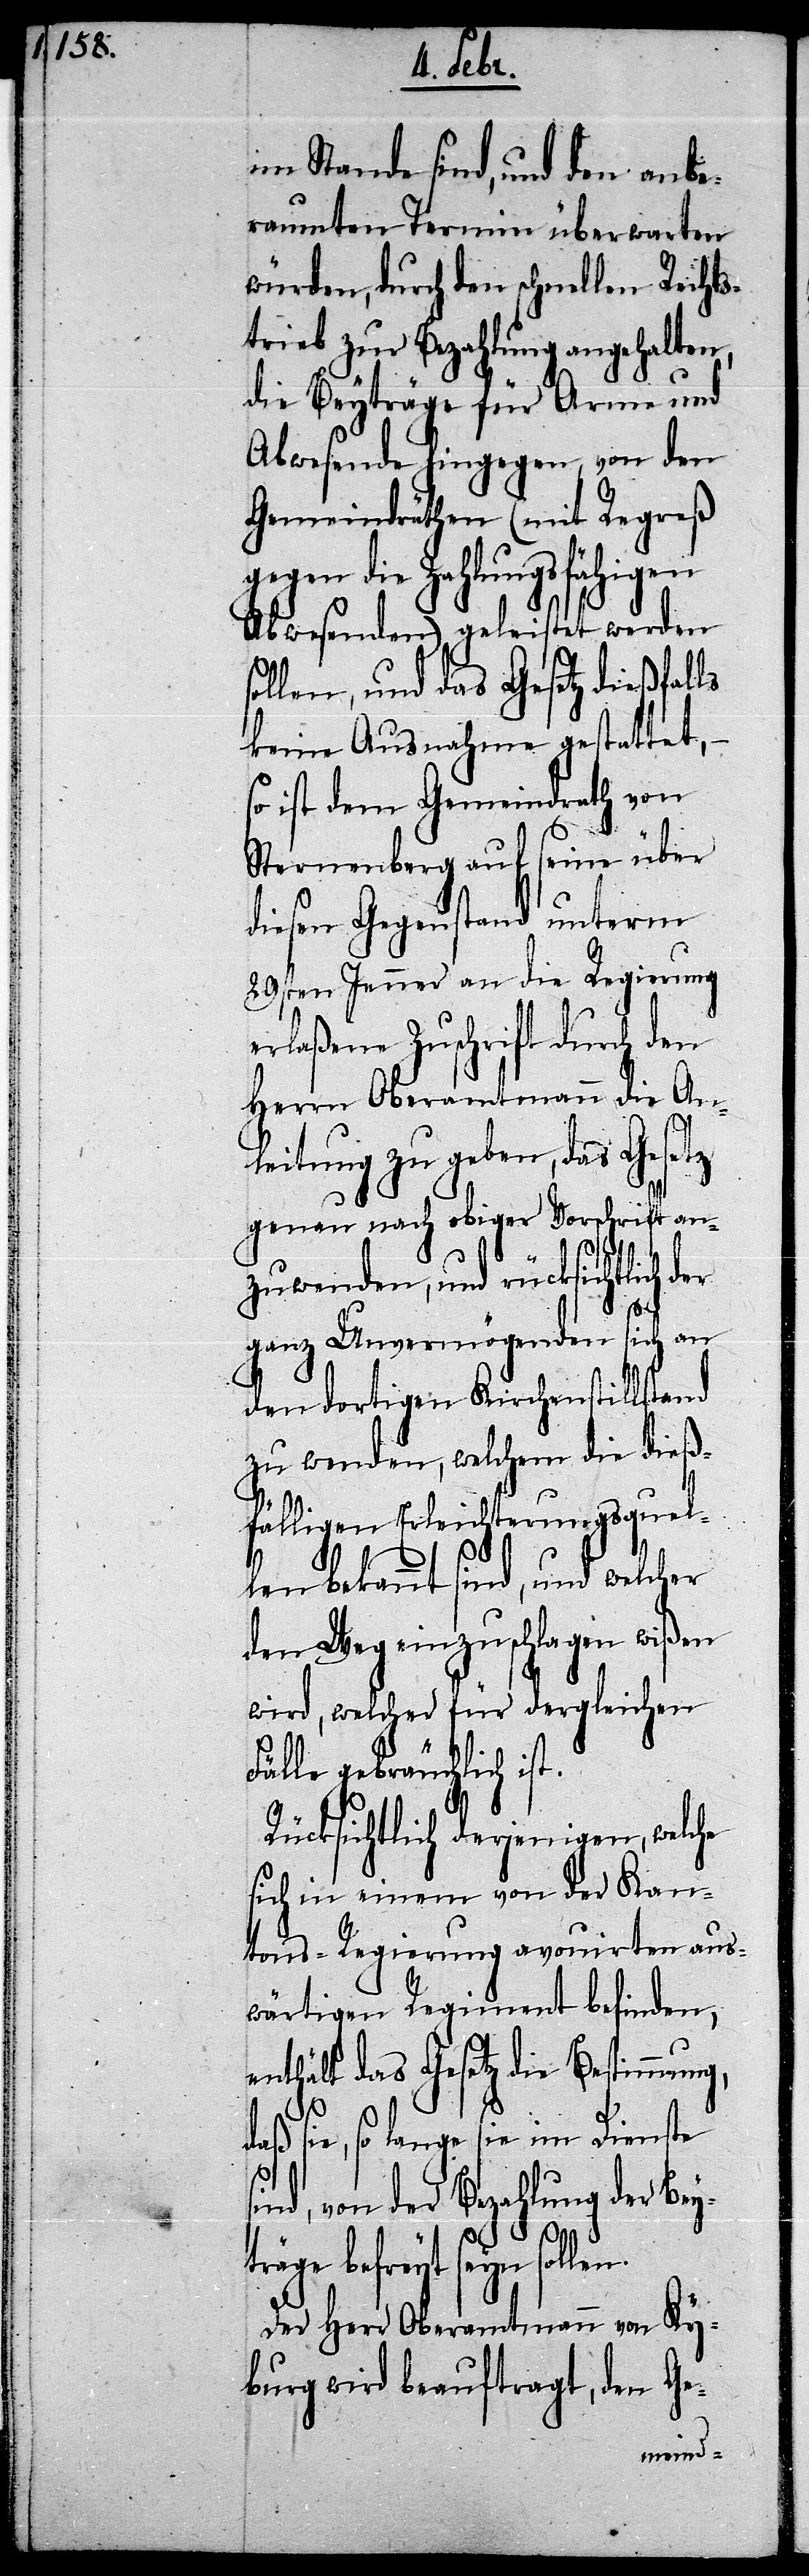
im Stande sind, und den anbe¬
raumten Termin überwarten
würden, durch den schnellen Rechts¬
trieb zur Bezahlung angehalten,
die Beyträge für Arme und
Abwesende hingegen, von den
Gemeindräthen (mit Regreß
gegen die Zahlungsfähigen
Abwesenden) geleistet werden
ollen, und das Gesetz dießfalls
keine Ausnahme gestattet, –
so ist dem Gemeindrath von
Sternenberg auf seine über
diesen Gegenstand unterm
29sten Jenner an die Regierung
erlaßene Zuschrift durch den
Herrn Oberamtmann die Anl¬
eitung zu geben, das Gese¬
genau nach obiger Vorschrift an¬
zuwenden, und rücksichtlich
ganz Unvermögenden sich an
den dortigen Kirchenstillstand
zu wenden, welchem die dieß¬
fälligen Erleichterungsquel¬
tz
len bekannt sind, und welcher
den Weg einzuschlagen wißen
wird, welcher für dergleichen
Fälle gebräuchlich ist.
Rücksichtlich derjenigen, welche
sich in einem von der Kan¬
tons-Regierung avouirten aus¬
wärtigen Regiment befinden,
enthält das Gesetz die Bestimmung,
daß sie, so lange sie im Dienste
sind, von der Bezahlung der Bey¬
s¬
träge befreyt seyn sollen.
Der Herr Oberamtmann von Ky¬
burg wird beauftragt, den Ge-